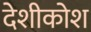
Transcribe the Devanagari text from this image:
देशीकोश